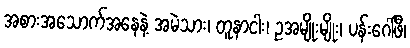
အစားအသောက်အနေနဲ့ အမဲသား၊ တူနာငါး၊ ဥအမျိုးမျိုး၊ ပန်းဂေါ်ဖီ၊